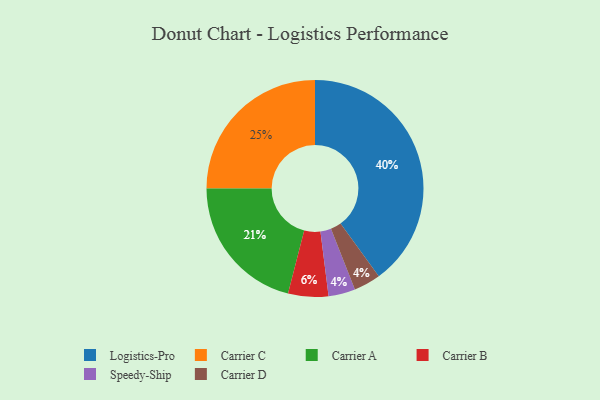
{"axis": {"x": "Category", "y": "Percentage"}, "legend": ["Carrier A", "Carrier B", "Carrier C", "Carrier D", "Logistics-Pro", "Speedy-Ship"], "data": [{"x": "Speedy-Ship", "y": 4, "type": "Speedy-Ship"}, {"x": "Carrier C", "y": 25, "type": "Carrier C"}, {"x": "Carrier B", "y": 6, "type": "Carrier B"}, {"x": "Carrier D", "y": 4, "type": "Carrier D"}, {"x": "Carrier A", "y": 21, "type": "Carrier A"}, {"x": "Logistics-Pro", "y": 40, "type": "Logistics-Pro"}]}